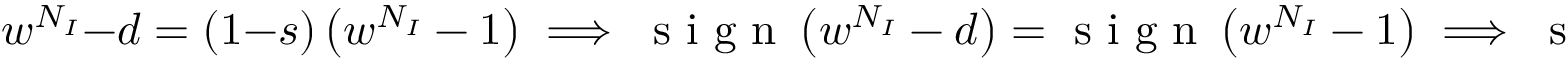
w ^ { N _ { I } } - d = ( 1 - s ) \left( w ^ { N _ { I } } - 1 \right) \implies \mathrm { ~ s ~ i ~ g ~ n ~ } \left( w ^ { N _ { I } } - d \right) = \mathrm { ~ s ~ i ~ g ~ n ~ } \left( w ^ { N _ { I } } - 1 \right) \implies \mathrm { ~ s ~ i ~ g ~ n ~ } \left( w - d ^ { 1 / N _ { I } } \right) = \mathrm { ~ s ~ i ~ g ~ n ~ } \left( w - 1 \right) \implies \left( w < d ^ { 1 / N _ { I } } < 1 \right) \lor \left( 1 < d ^ { 1 / N _ { I } } < w \right) \implies \left( d ^ { 1 / N _ { I } } - 1 \right) \left( d ^ { 1 / N _ { I } } - w \right) < 0 \implies \mathrm { ~ s ~ i ~ g ~ n ~ } \left( \left( d ^ { 1 / N _ { I } } - 1 \right) \left( d ^ { 1 / N _ { I } } - w \right) \right) = - 1